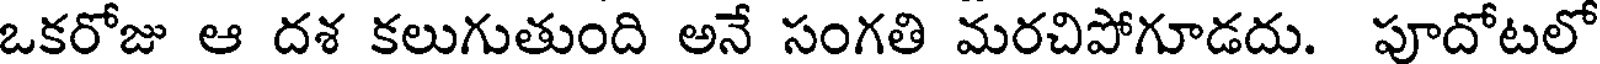
ఒకరోజు ఆ దశ కలుగుతుంది అనే సంగతి మరచిపోగూడదు. పూదోటలో